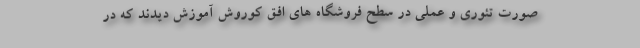
صورت تئوری و عملی در سطح فروشگاه های افق کوروش آموزش دیدند که در